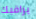
يراقبك